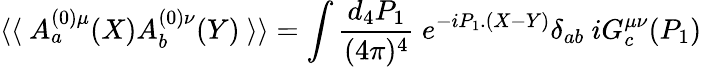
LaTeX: \langle\langle\ A_{a}^{(0)\mu}(X)A_{b}^{(0)\nu}(Y)\ \rangle\rangle=\int{\frac{d_{4}P_{1}}{(4\pi)^{4}}}\ e^{-iP_{1}.(X-Y)}\delta_{ab}\ iG_{c}^{\mu\nu}(P_{1})